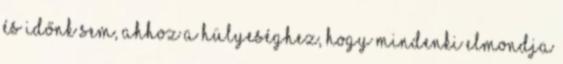
és időnk sem, ahhoz a hülyeséghez, hogy mindenki elmondja